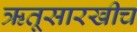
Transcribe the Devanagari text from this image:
ऋतूसारखीच